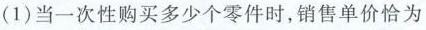
(1) 当一次性购买多少个零件时，销售单价恰为